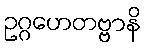
ဥဂ္ဂဟေတဗ္ဗာနိ